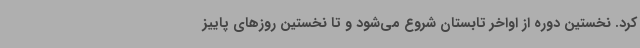
کرد. نخستین دوره از اواخر تابستان شروع می‌شود و تا نخستین روزهای پاییز